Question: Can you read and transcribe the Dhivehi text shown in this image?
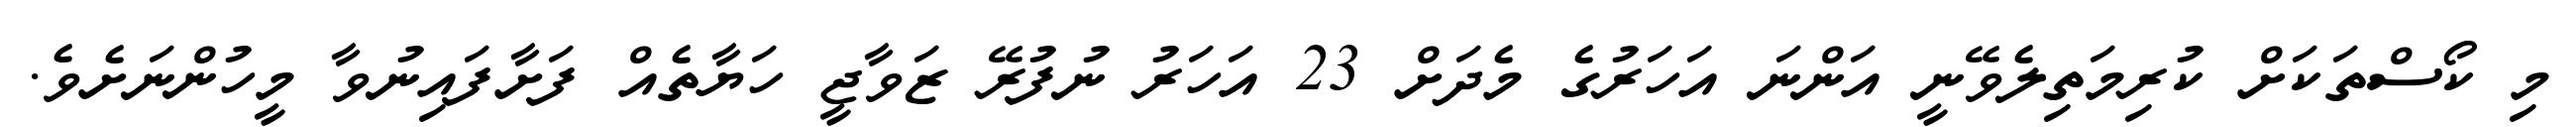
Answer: މި ކޯސްތަކަށް ކުރިމަތިލެވޭނީ އަންނަ އަހަރުގެ މެދަށް 23 އަހަރު ނުފުރޭ ޒަވާޖީ ހަޔާތެއް ފަށާފައިނުވާ މީހުންނަށެވެ.